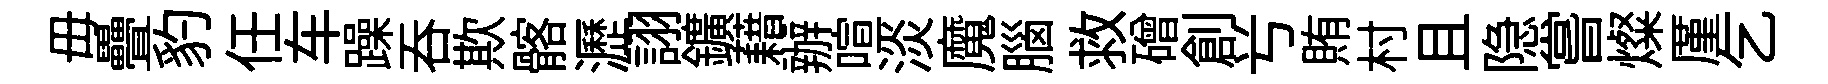
毋疊豹任车躁呑欺髂瀝詡鑛藉辦喧淡魔腦救磳創𠔃賄村且隐嘗燦厪乞